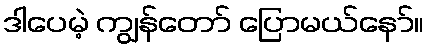
ဒါပေမဲ့ ကျွန်တော် ပြောမယ်နော်။